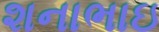
શનાભાઇ